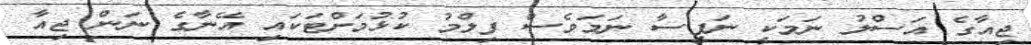
ޖިއާގެ އަސްލު ނަމަކީ ނަފީސާ ނަމަވެސް ފިލްމު ކުޅުމަށްޓަކައި އޭނާގެ ނަން ޖިއާ